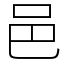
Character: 邑